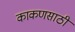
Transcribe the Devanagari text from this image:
काकणसाठी